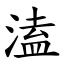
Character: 溘